King Institute of Preventive Medicine Micro-Biological Section reports 1912-19
Year: 1912
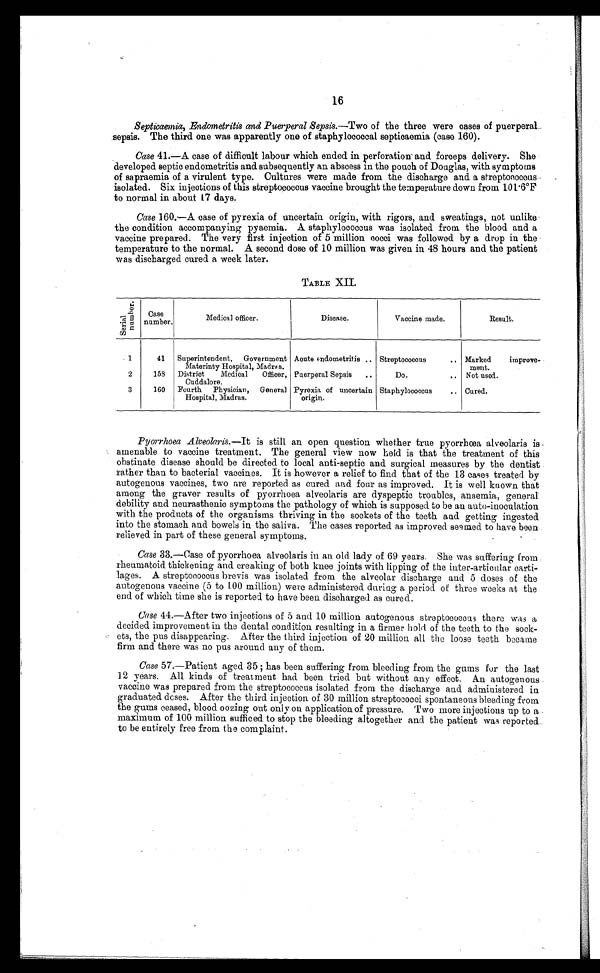
16
Septicaemia, Endometritis and Puerperal Sepsis.— Two of the three were cases of puerperal
sepsis. The third one was apparently one of staphylococcal septicaemia (case 160).
Case 41.—A case of difficult labour which ended in perforation and forceps delivery. She
developed septic endometritis and subsequently an abscess in the pouch of Douglas, with symptoms
of sapraemia of a virulent type. Cultures were made from the discharge and a streptococcus
isolated. Six injections of this streptococcus vaccine brought the temperature down from 101.6°F
to normal in about 17 days.
Case 160.—A case of pyrexia of uncertain origin, with rigors, and sweatings, not unlike
the condition accompanying pyaemia. A staphylococcus was isolated from the blood and a
vaccine prepared. The very first injection of 5 million cocci was followed by a drop in the
temperature to the normal. A second dose of 10 million was given in 48 hours and the patient
was discharged cured a week later.
TABLE XII.
S e r i a l
n u m b e r .
Case
number.
Medical officer.
Disease.
Vaccine made.
Result.
1
41
Superintendent, Government
Materinty Hospital, Madras.
Acute endometritis . . . Streptococcus . . . Marked improve
-
ment.
2
158
District Medical Officer,
Cuddalore.
Puerperal Sepsis . . .
Do. . . . Not used.
3
160
Fourth Physician, General
Hospital, Madras.
Pyrexia of uncertain
origin.
Staphylococcus . . . Cured.
Pyorrhoea Alveolaris.—It is still an open question whether true pyorrhœa alveolaris is
amenable to vaccine treatment. The general view now held is that the treatment of this
obstinate disease should be directed to local anti-septic and surgical measures by the dentist
rather than to bacterial vaccines. It is however a relief to find that of the 13 cases treated by
autogenous vaccines, two are reported as cured and four as improved. It is well known that
among the graver results of pyorrhoea alveolaris are dyspeptic troubles, anaemia, general
debility and neurasthenic symptoms the pathology of which is supposed to be an auto-inoculation
with the products of the organisms thriving in the sockets of the teeth and getting ingested
into the stomach and bowels in the saliva. The cases reported as improved seemed to have been
relieved in part of these general symptoms.
Case 33.—Case of pyorrhoea alveolaris in an old lady of 69 years. She was suffering from
rheumatoid thickening and creaking of both knee joints with lipping of the inter-articular carti
- l a g e s . A s t r e p t o c o c c u s b r e v i s w a s i s o l a t e d f r o m t h e a l v e o l a r d i s c h a r g e a n d 5 d o s e s o f t h e
autogenous vaccine (5 to 100 million) were administered during a period of three weeks at the
end of which time she is reported to have been discharged as cured.
Case 44.—After two injections of 5 and 10 million autogenous streptococcus there was a
decided improvement in the dental condition resulting in a firmer hold of the teeth to the sock
- e t s , t h e p u s d i s a p p e a r i n g . A f t e r t h e t h i r d i n j e c t i o n o f 2 0 m i l l i o n a l l t h e l o o s e t e e t h b e c a m e
firm and there was no pus around any of them.
Case 57.—Patient aged 35; has been suffering from bleeding from the gums for the last
12 years. All kinds of treatment had been tried but without any effect. An autogenous
vaccine was prepared from the streptococcus isolated from the discharge and administered in
graduated doses. After the third injection of 30 million streptococci spontaneous bleeding from
the gums ceased, blood oozing out only on application of pressure. Two more injections up to a
maximum of 100 million sufficed to stop the bleeding altogether and the patient was reported
to be entirely free from the complaint.